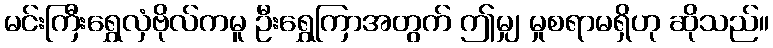
မင်းကြီးရွှေလှံဗိုလ်ကမူ ဦးရွှေကြာအတွက် ဤမျှ မှုစရာမရှိဟု ဆိုသည်။